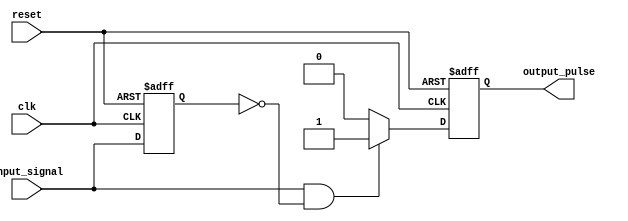
module positive_edge_detector (
    input wire clk,                // Clock input
    input wire reset,              // Asynchronous reset
    input wire input_signal,       // Input signal to detect edges
    output reg output_pulse        // Output pulse for edge detection
);

    reg prev_state;                // Register to hold the previous state of input_signal

    // Asynchronous reset and edge detection logic
    always @(posedge clk or posedge reset) begin
        if (reset) begin
            prev_state <= 0;       // Reset previous state to 0
            output_pulse <= 0;     // Reset output pulse to 0
        end else begin
            // Edge detection logic
            if (input_signal == 1 && prev_state == 0) begin
                output_pulse <= 1;  // Set output pulse high on positive edge
            end else begin
                output_pulse <= 0;   // Otherwise, clear output pulse
            end
            
            // Update previous state
            prev_state <= input_signal; 
        end
    end

endmodule